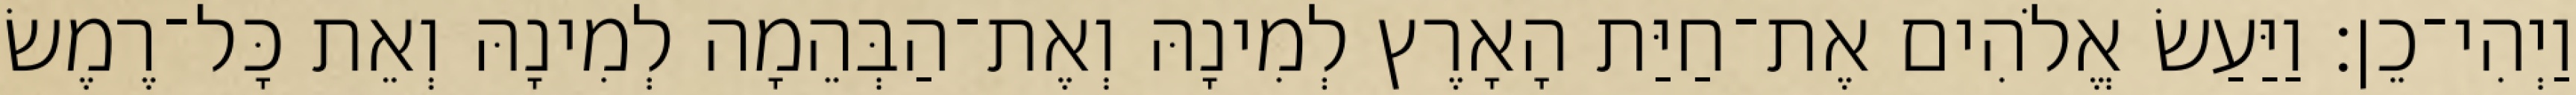
וַיְהִי־כֵן׃ וַיַּעַשׂ אֱלֹהִים אֶת־חַיַּת הָאָרֶץ לְמִינָהּ וְאֶת־הַבְּהֵמָה לְמִינָהּ וְאֵת כָּל־רֶמֶשׂ